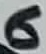
Text: 6